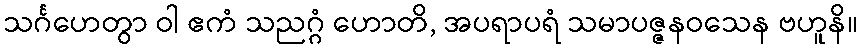
သင်္ဂဟေတွာ ဝါ ဧကံ သညဂ္ဂံ ဟောတိ, အပရာပရံ သမာပဇ္ဇနဝသေန ဗဟူနိ။